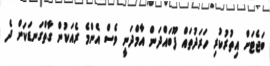
ބަޖެޓަށް އިތުރުކުރި ހަރަދުތައް ފޫބައްދަން އާމްދަނީ ވެސް އެންމެ ރެއަކުން ގާތްގަނޑަކަށް ދެ